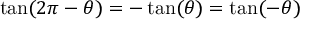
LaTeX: \tan ( 2 \pi - \theta ) = - \tan ( \theta ) = \tan ( - \theta )